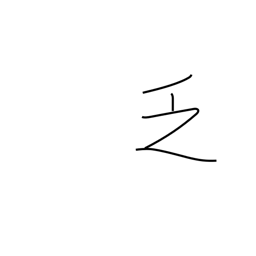
Meaning: scarce